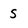
Character: s